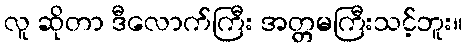
လူ ဆိုတာ ဒီလောက်ကြီး အတ္တမကြီးသင့်ဘူး။